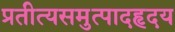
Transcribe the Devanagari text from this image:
प्रतीत्यसमुत्पादहृदय